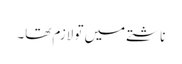
ناشتے میں تو لازم تھا۔